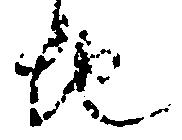
地